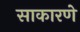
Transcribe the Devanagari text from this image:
साकारणे